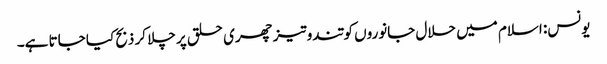
یونس: اسلام میں حلال جانوروں کو تندوتیز چھری حلق پر چلا کر ذبح کیا جاتا ہے۔